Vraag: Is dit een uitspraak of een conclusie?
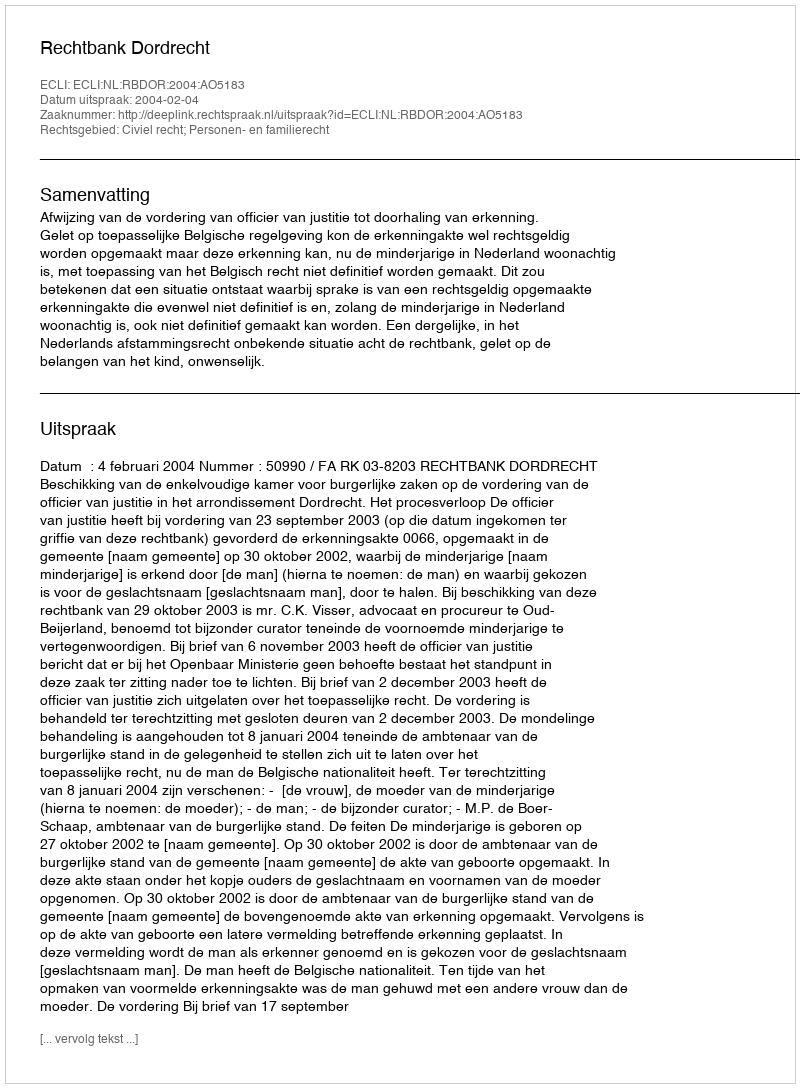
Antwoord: Uitspraak